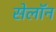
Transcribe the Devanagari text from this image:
सेलॉन